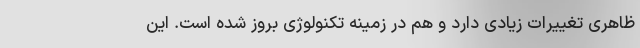
ظاهری تغییرات زیادی دارد و هم در زمینه تکنولوژی بروز شده است. این